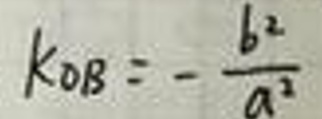
$k_{OB}=-\frac{b^2}{a^2}$